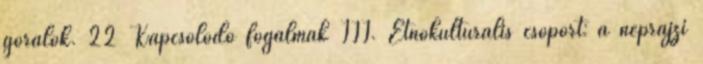
górálok. 22 Kapcsolódó fogalmak III. Etnokulturális csoport: a néprajzi